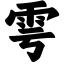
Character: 雩